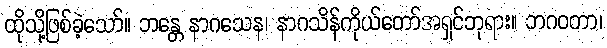
ထိုသို့ဖြစ်ခဲ့သော်။ ဘန္တေ နာဂသေန၊ နာဂသိန်ကိုယ်တော်အရှင်ဘုရား။ ဘဂဝတာ၊